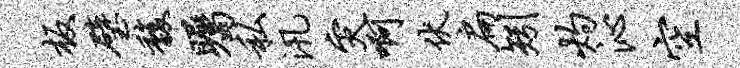
板璧馥瞩私汛灾啊伏扁矧灼沁空